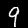
Label: 9